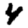
Digit: 4